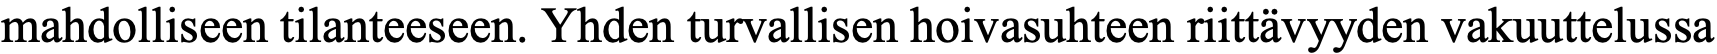
mahdolliseen tilanteeseen. Yhden turvallisen hoivasuhteen riittävyyden vakuuttelussa